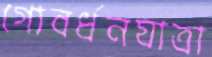
গোবর্ধনযাত্রা